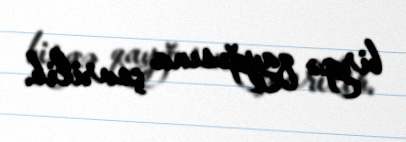
birgə qayğısına çevrilib.